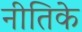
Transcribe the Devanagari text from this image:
नीतिके